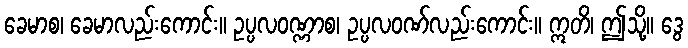
ခေမာစ၊ ခေမာလည်းကောင်း။ ဥပ္ပလဝဏ္ဏာစ၊ ဥပ္ပလဝဏ်လည်းကောင်း။ ဣတိ၊ ဤသို့။ ဒွေ